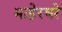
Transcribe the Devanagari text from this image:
माहेरघरे